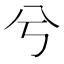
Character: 兮